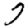
Digit: 7